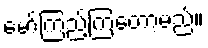
မော်ကြည့်ကြတော့မည်။